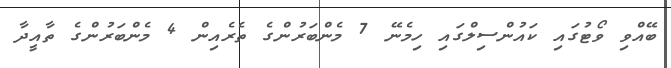
ބޭއްވި ވޯޓުގައި ކައުންސިލްގައި ހިމެނޭ 7 މެންބަރުންގެ ތެރެއިން 4 މެންބަރުންގެ ތާއީދާ